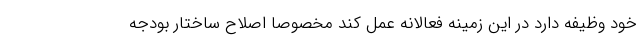
خود وظیفه دارد در این زمینه فعالانه عمل کند مخصوصا اصلاح ساختار بودجه